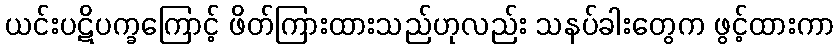
ယင်းပဋိပက္ခကြောင့် ဖိတ်ကြားထားသည်ဟုလည်း သနပ်ခါးတွေက ဖွင့်ထားကာ